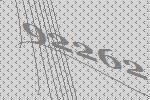
92262